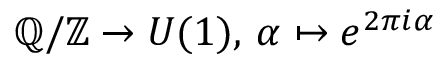
\mathbb { Q } / \mathbb { Z } \to U ( 1 ) , \, \alpha \mapsto e ^ { 2 \pi i \alpha }